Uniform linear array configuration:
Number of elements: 16
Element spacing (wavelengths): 1
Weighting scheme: uniform
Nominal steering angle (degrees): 15
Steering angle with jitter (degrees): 15.578
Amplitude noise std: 0.05
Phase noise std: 0.05

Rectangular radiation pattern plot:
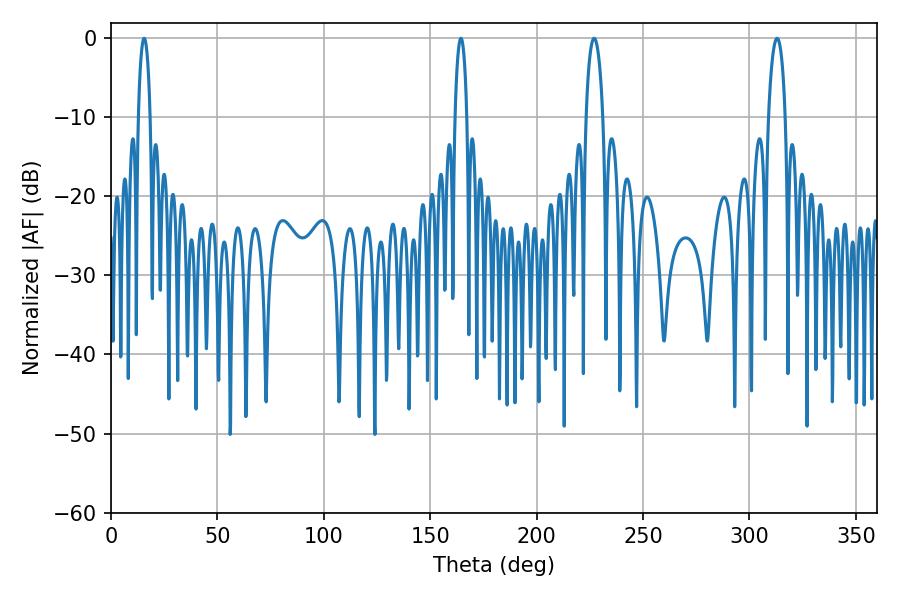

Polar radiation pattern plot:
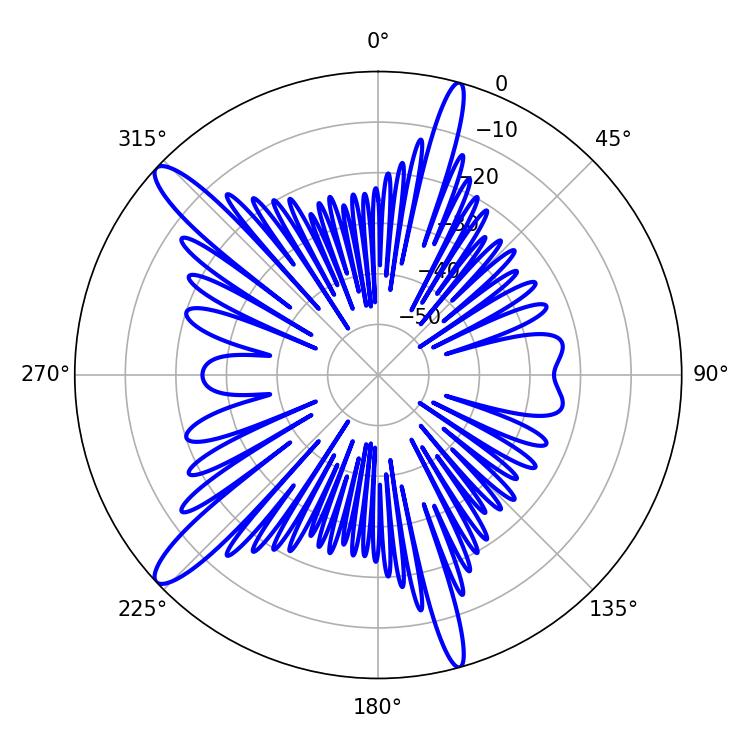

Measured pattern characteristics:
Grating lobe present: TRUE
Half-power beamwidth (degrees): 4.5
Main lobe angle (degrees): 226.98